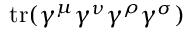
\operatorname { t r } ( \gamma ^ { \mu } \gamma ^ { \nu } \gamma ^ { \rho } \gamma ^ { \sigma } )